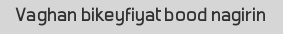
Vaghan bikeyfiyat bood nagirin